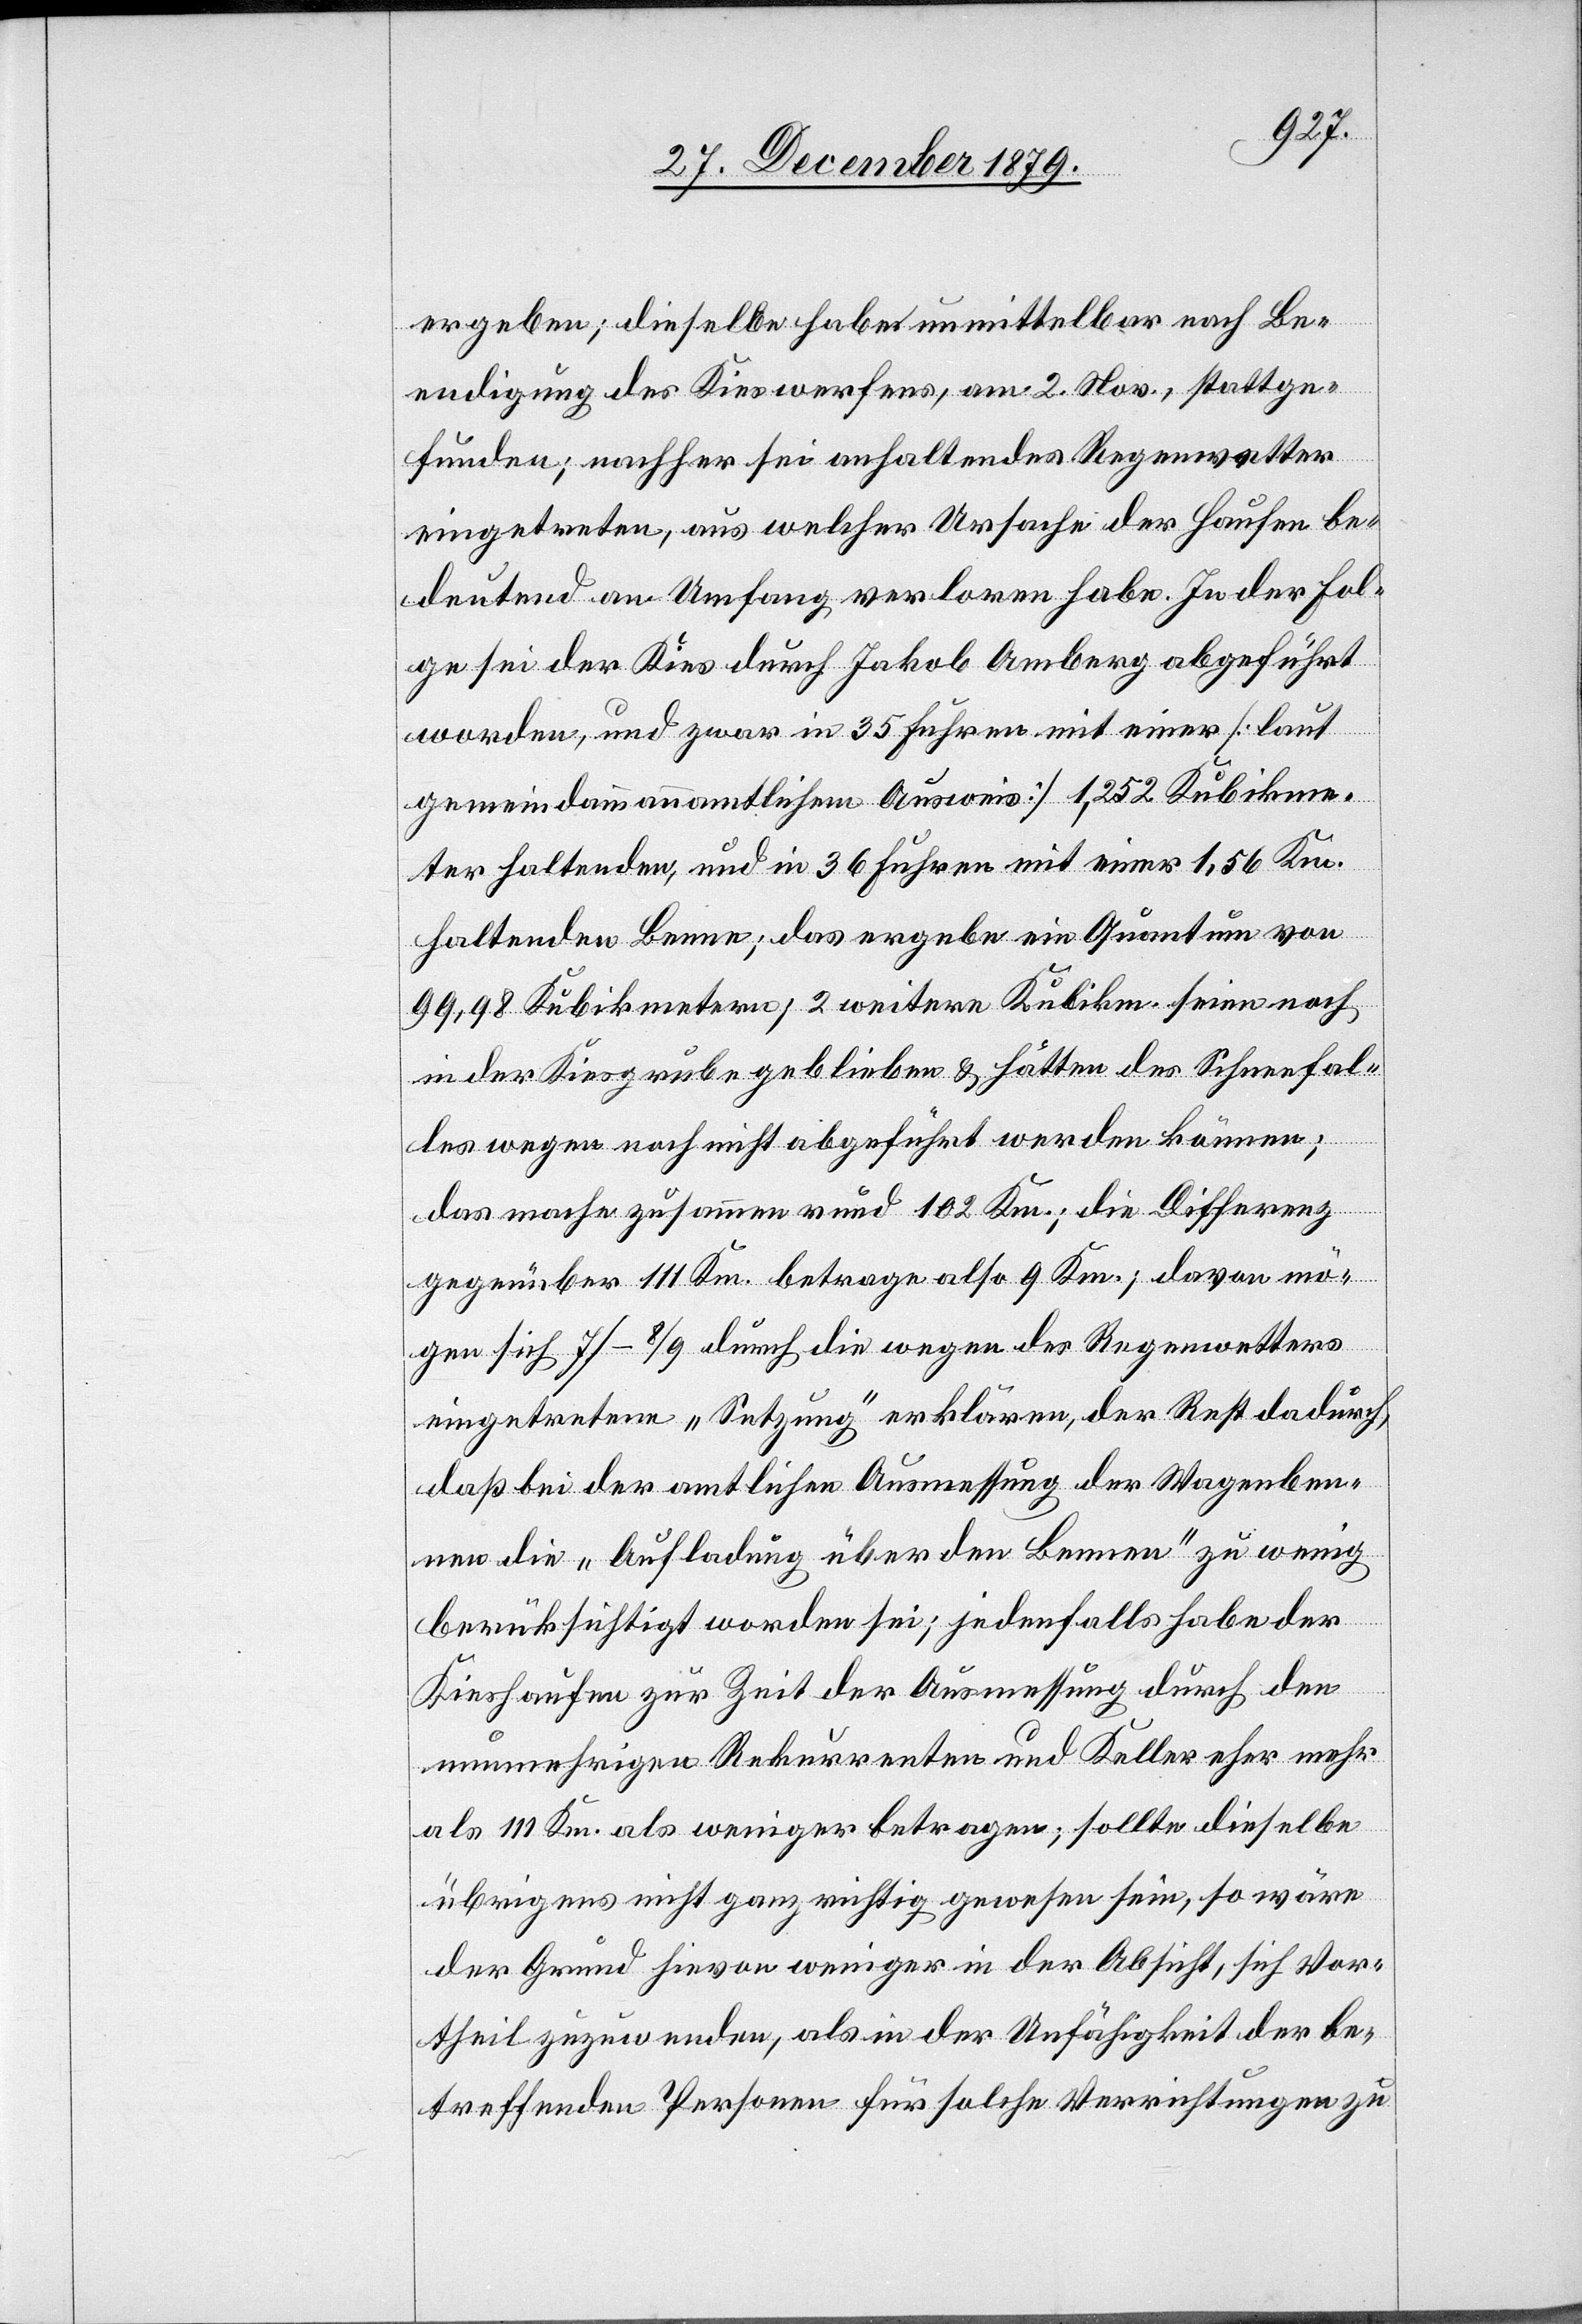
ergeben; dieselbe habe unmittelbar nach Be¬
endigung des Kieswerfers, am 2. Nov., stattge¬
funden; nachher sei anhaltendes Regenwetter
eingetreten, aus welcher Ursache der Haufen be¬
deutend an Umfang verloren habe. In der Fol¬
ge sei der Kies durch Jakob Amberg abgeführt
worden, und zwar in 35 Fuhren mit einer [laut
gemeindeammannamtlichem Ausweis] 1,252 Kubikme¬
ter haltenden, und in 36 Fuhren mit einer 1,56 Km.
haltenden Benne; das ergebe ein Quantum von
99,98 Kubikmetern; 2 weitere Kubikm. seien noch
in der Kiesgrube geblieben & hätten des Schneefal¬
les wegen noch nicht abgeführt werden können;
das mache zusammen rund 102 Km.; davon mögen
sich 7/–8/9 durch die wegen des Regenwetters
eingetretenen „Setzungen“ erklären, der Rest dadurch,
daß bei der amtlichen Ausmessung der Wagenben¬
nen die „Aufladung über den Bennen“ zu wenig
berücksichtigt worden sei; jedenfalls habe der
Kieshaufen zur Zeit der Ausmessung durch den
nunmehrigen Rekurrenten und Keller eher mehr
als 111 Km. als weniger betragen; sollte dieselbe
übrigens nicht ganz richtig gewesen sein; so wäre
der Grund hievon weniger in der Absicht, sich Vor¬
theil zuzuwenden, als in der Unfähigkeit der be¬
treffenden Personen für solche Verrichtungen zu